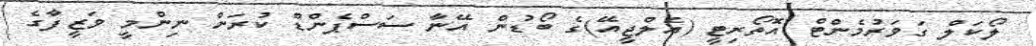
ލޯކަލް ގަވަރުމެންޓް އޮތޯރިޓީ (އެލްޖީއޭ)ގެ ބޯޑުން އޭނާ ސަސްޕެންޑް ކުރަން ނިންމީ ވަޒީފާގެ